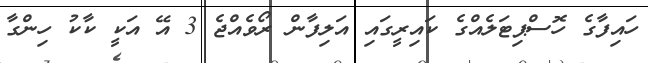
ހައިފާގެ ހޮސްޕިޓަލެއްގެ ކައިރީގައި އަލިފާން ރޯވެއްޖެ 3 އޭ އަކީ ކާކު ހިންގާ